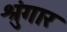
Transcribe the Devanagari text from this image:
श्रुंगार